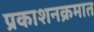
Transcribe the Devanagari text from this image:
प्रकाशनक्रमात